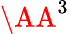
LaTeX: \AA^{3}